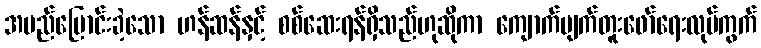
အမည်ပြောင်းခဲ့သော ဟန်ဆန်နှင့် စစ်ဆေးရန်ရှိသည်ဟုဆိုကာ ကျောက်မျက်တူးဖော်ရေးလုပ်ကွက်